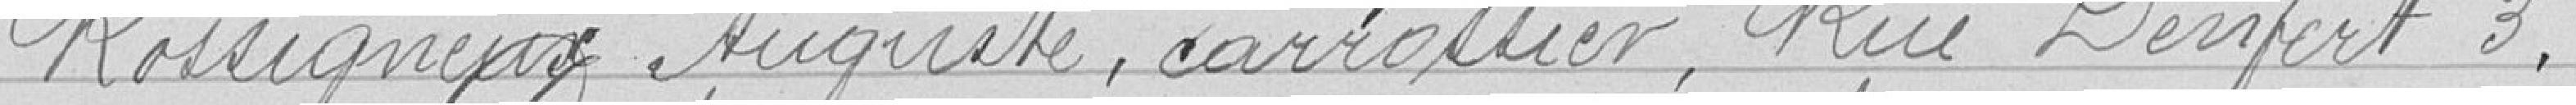
Rossigneux Auguste, carrossier, Rue Denfert 3,